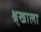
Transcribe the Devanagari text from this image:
श्र्‌खाला